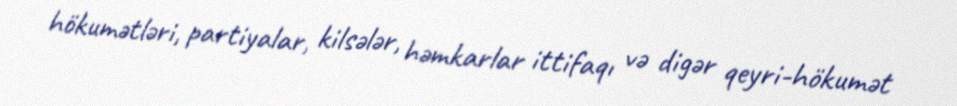
hökumətləri, partiyalar, kilsələr, həmkarlar ittifaqı və digər qeyri-hökumət